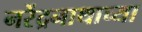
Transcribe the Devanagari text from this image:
नरेंद्रनाथाच्या